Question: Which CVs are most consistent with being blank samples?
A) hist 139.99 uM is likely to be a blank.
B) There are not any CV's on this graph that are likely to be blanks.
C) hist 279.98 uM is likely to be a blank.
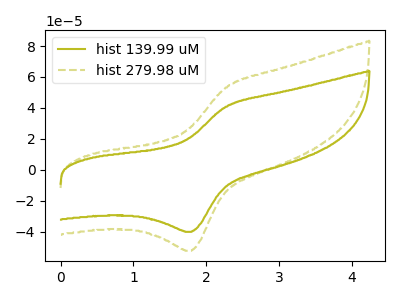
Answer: <think>The olive curve "hist 139.99 uM" has an anodic peak at (2.25V, 40.75uA) and a cathodic peak at (1.80V, -40.15uA). The olive dashed curve "hist 279.98 uM" has an anodic peak at (2.25V, 53.15uA) and a cathodic peak at (1.80V, -52.40uA).</think>
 <answer>B) There are not any CV's on this graph that are likely to be blanks.</answer>
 <eval>B</eval>